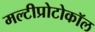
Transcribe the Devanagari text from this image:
मल्टीप्रोटोकॉल